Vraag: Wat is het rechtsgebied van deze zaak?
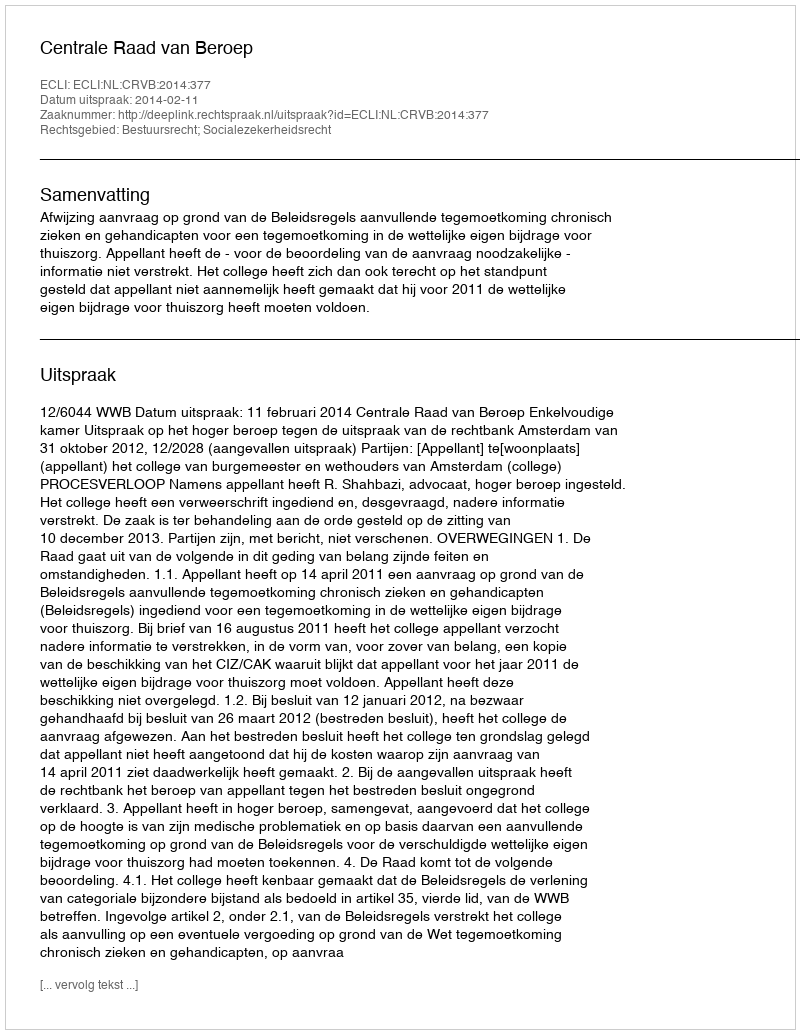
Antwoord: Bestuursrecht; Socialezekerheidsrecht